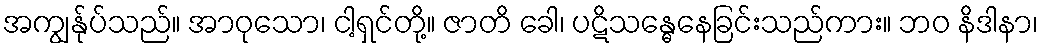
အကျွန်ုပ်သည်။ အာဝုသော၊ ငါ့ရှင်တို့။ ဇာတိ ခေါ၊ ပဋိသန္ဓေနေခြင်းသည်ကား။ ဘဝ နိဒါနာ၊